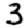
Digit: 3